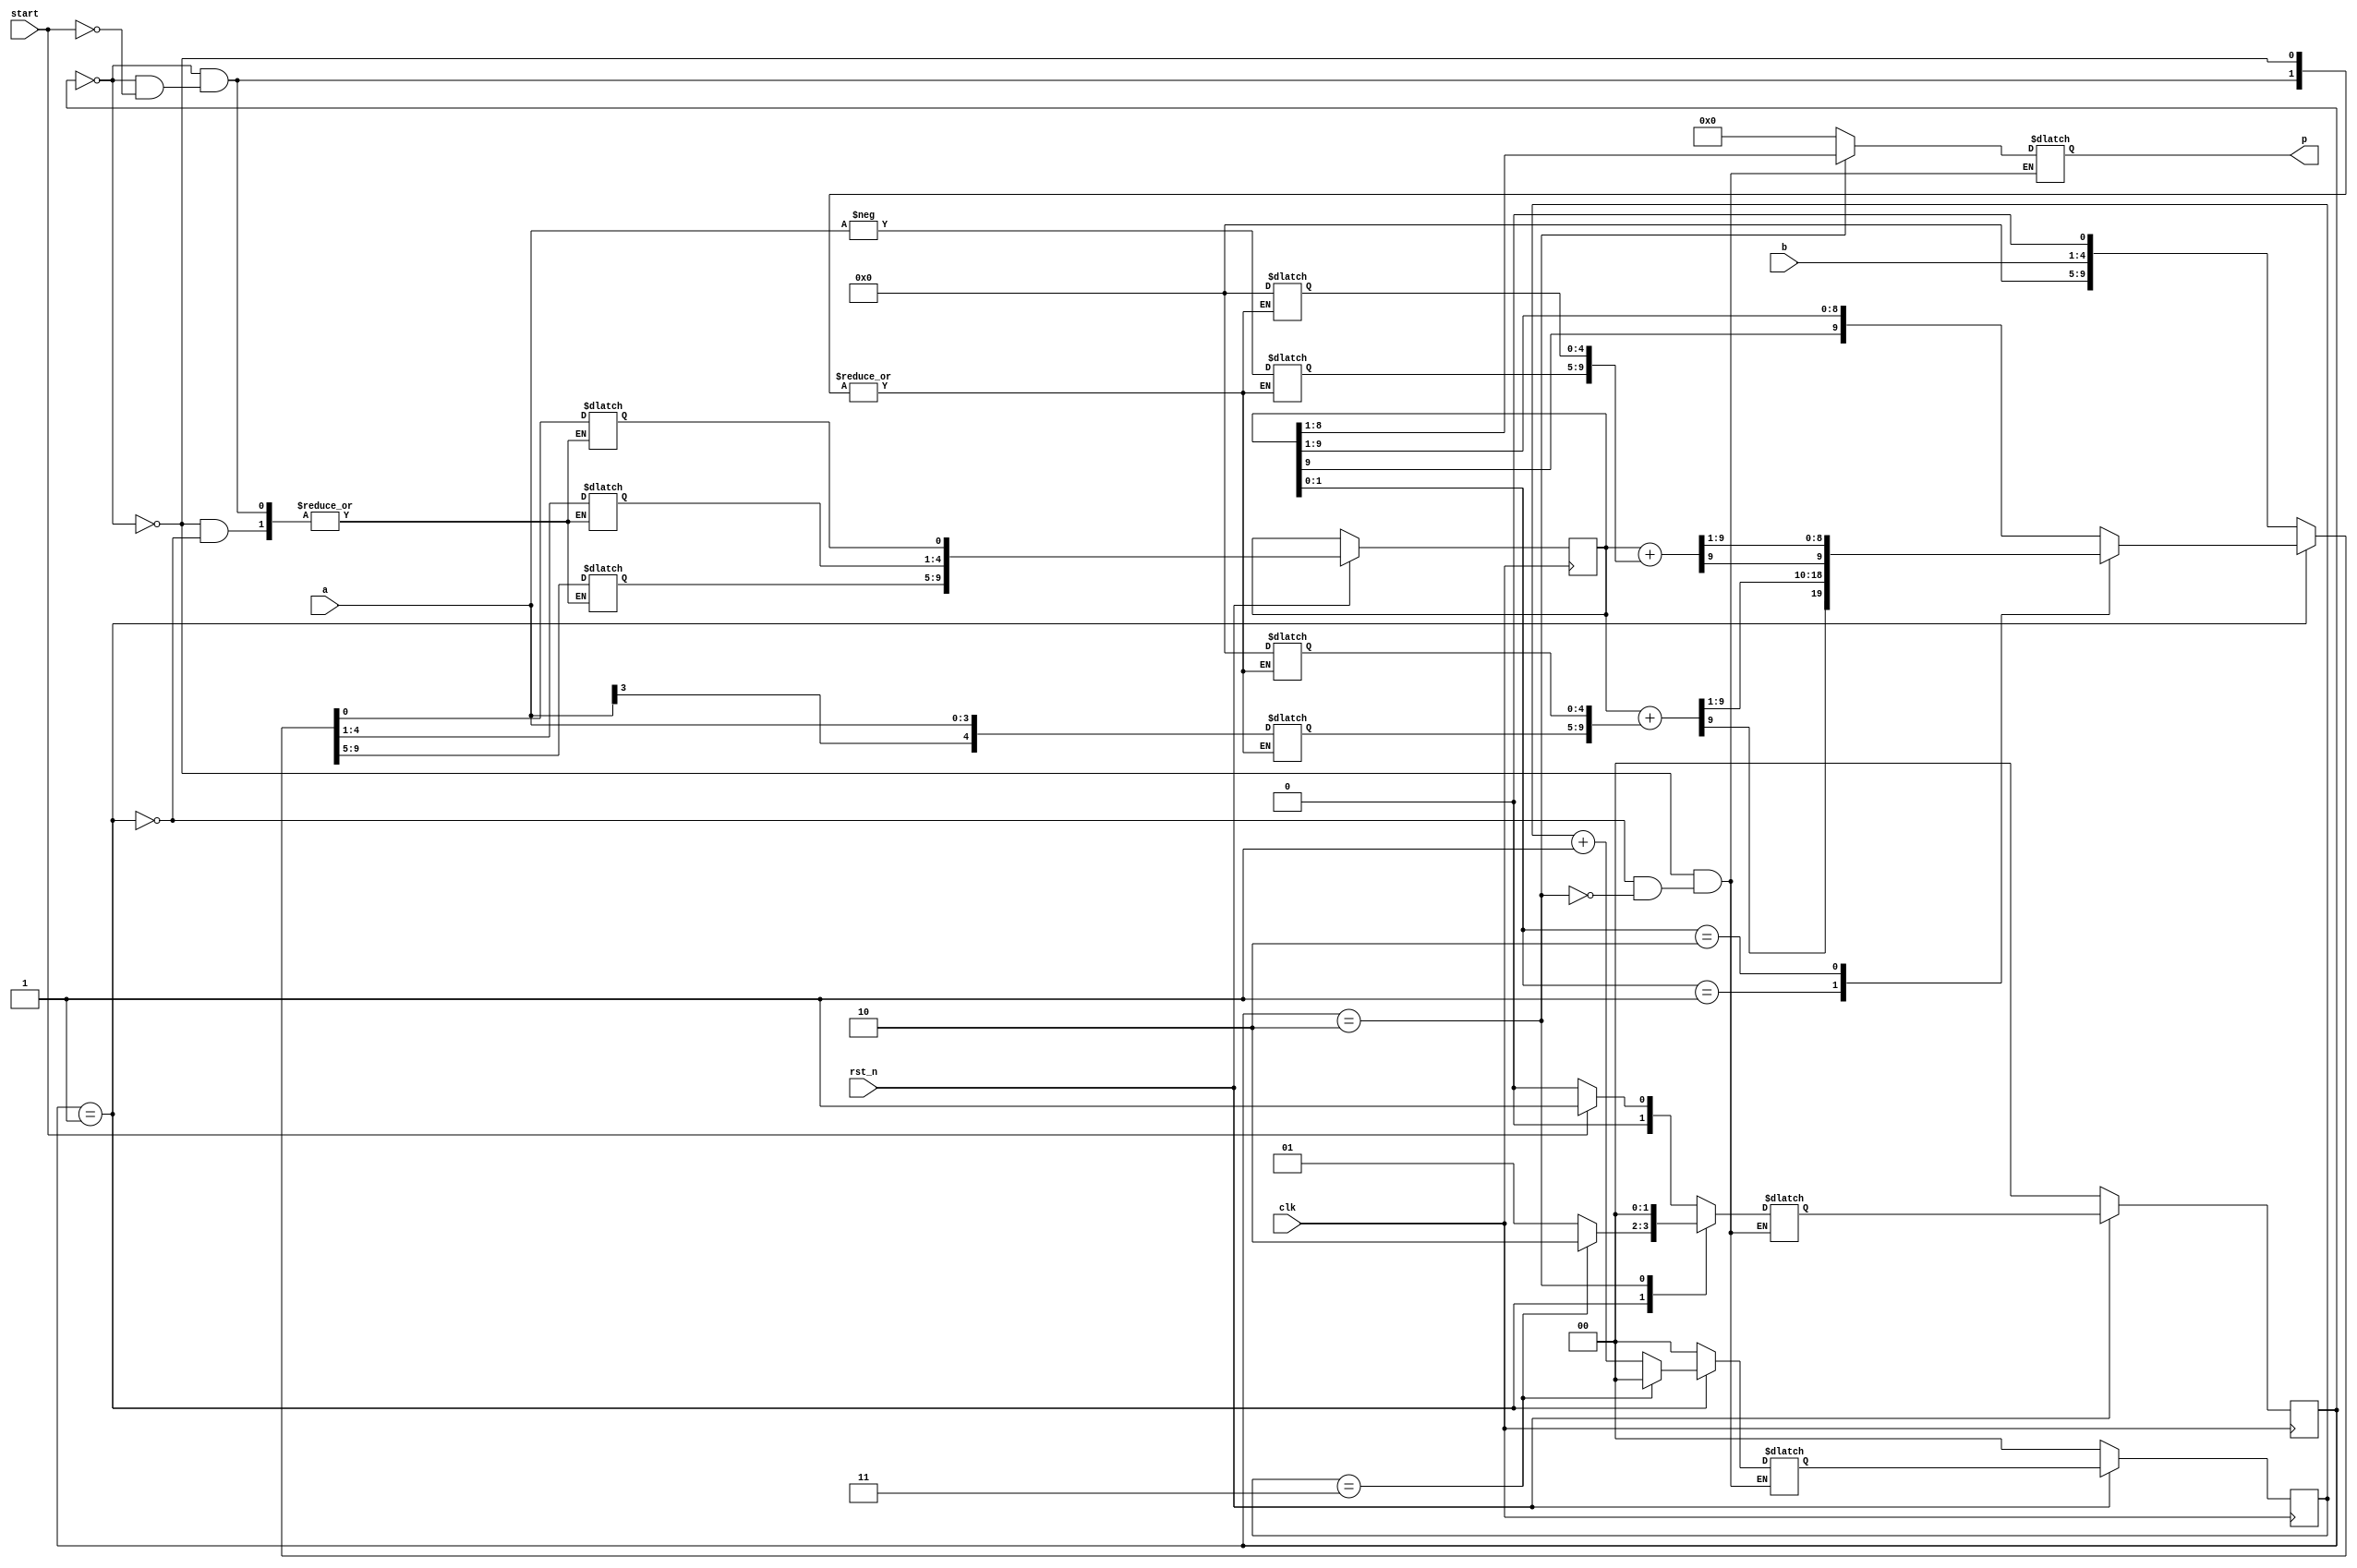
`timescale 1ns/1ps 

module Booth_Multiplier_4bit(clk, rst_n, start, a, b, p);
input clk;
input rst_n; 
input start;
input signed [3:0] a, b;
output signed [7:0] p;

parameter [1:0] WAIT = 2'b00;
parameter [1:0] CAL = 2'b01;
parameter [1:0] FINISH = 2'b10;

reg [1:0] state, next_state;
reg [1:0] count, next_count;
reg signed [9:0] A, S, P, next_P;
reg signed [7:0] p;

always@(posedge clk)begin
    if(!rst_n)begin
        state <= WAIT;
        count <= 2'b00;
    end
    else begin
        state <= next_state;
        count <= next_count;
        P <= next_P;
    end
end
always@(*)begin
    case(state)
        WAIT:begin
            p = 8'd0;
            next_count = 2'b00;
            if(start)begin
                next_state = CAL;
                A = 10'd0;
                A[9:5] = a;
                S = 10'd0;
                S[9:5] = -a;
                next_P = 10'd0;
                next_P[4:1] = b;
            end
            else next_state = WAIT;
        end
        CAL:begin
            p = 8'd0;
            case(P[1:0])
                2'b00: next_P = P >>> 1;
                2'b01:begin
                    next_P = (P + A)>>>1;
                end
                2'b10:begin
                    next_P = (P + S)>>>1;
                end
                2'b11:next_P = P >>> 1;
            endcase 
            if(count == 2'b11)begin
                next_count = 2'b00;
                next_state = FINISH;
            end
            else begin
                next_count = count + 2'b01;
                next_state = CAL;
            end
        end
        FINISH:begin
            p = P[8:1];
            next_count = 2'b00;
            next_state = WAIT;
        end
    endcase
end

endmodule